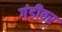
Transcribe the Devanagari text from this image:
गंडीवर